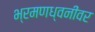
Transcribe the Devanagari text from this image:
भ्रमणध्वनींवर